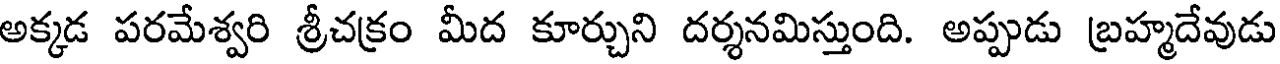
అక్కడ పరమేశ్వరి శ్రీచక్రం మీద కూర్చుని దర్శనమిస్తుంది. అప్పుడు బ్రహ్మదేవుడు